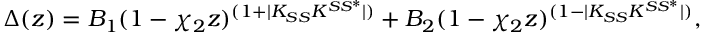
\Delta ( z ) = { \cal B } _ { 1 } ( 1 - \chi _ { 2 } z ) ^ { ( 1 + | K _ { S S } K ^ { S S ^ { * } } | ) } + { \cal B } _ { 2 } ( 1 - \chi _ { 2 } z ) ^ { ( 1 - | K _ { S S } K ^ { S S ^ { * } } | ) } ,